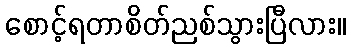
စောင့်ရတာစိတ်ညစ်သွားပြီလား။